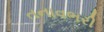
તનાવભરી